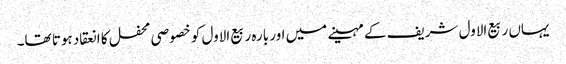
یہاں ربیع الاول شریف کے مہینے میں اور بارہ ربیع الاول کو خصوصی محفل کا انعقاد ہوتا تھا۔